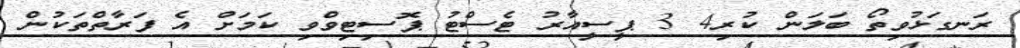
ރަނގަޅުވިތޯ ބަލަން ކުރި4 3 ޕީސީއާރު ޓެސްޓު ޕޮސިޓިވްވި ކަމަށް އެ ފަރާތްތަކުން